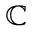
\mathbb { \mathbb { C } }